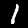
Label: 1